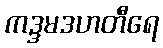
ကဒ္ဒမဒဟတီရေ